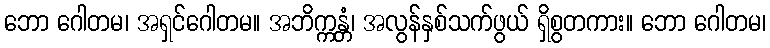
ဘော ဂေါတမ၊ အရှင်ဂေါတမ။ အဘိက္ကန္တံ၊ အလွန်နှစ်သက်ဖွယ် ရှိစွတကား။ ဘော ဂေါတမ၊